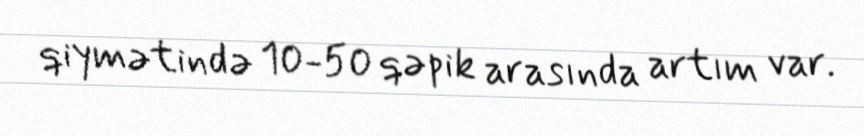
qiymətində 10-50 qəpik arasında artım var.